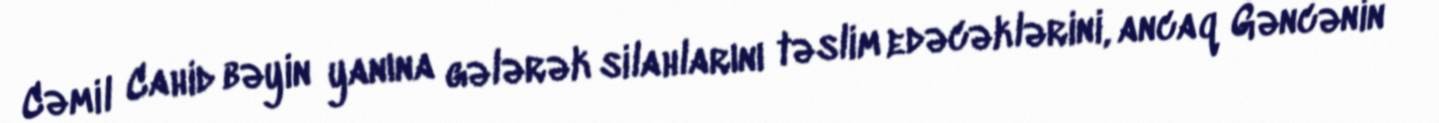
Cəmil Cahid bəyin yanına gələrək silahlarını təslim edəcəklərini, ancaq Gəncənin